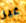
غير